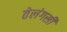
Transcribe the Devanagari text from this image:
तेलंगसी